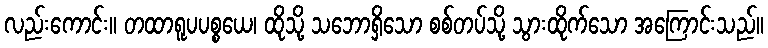
လည်းကောင်း။ တထာရူပပစ္စယေ၊ ထိုသို့ သဘောရှိသော စစ်တပ်သို့ သွားထိုက်သော အကြောင်းသည်။